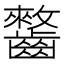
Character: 𱌥